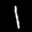
Label: 1